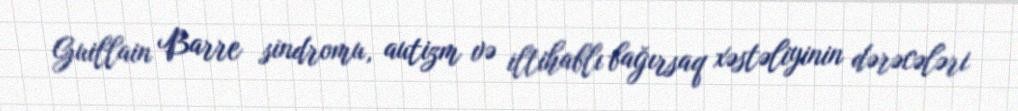
Guillain Barre sindromu, autizm və iltihablı bağırsaq xəstəliyinin dərəcələri